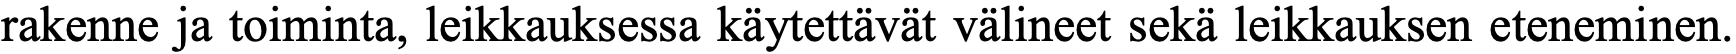
rakenne ja toiminta, leikkauksessa käytettävät välineet sekä leikkauksen eteneminen.